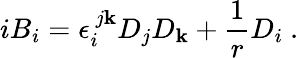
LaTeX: iB_{i}=\epsilon_{i}^{~j\mathbf{k}}D_{j}D_{\mathbf{k}}+\frac{{1}}{{r}}D_{i}~.